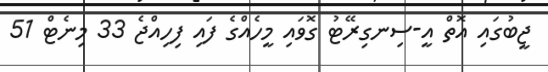
ޖީބުގައި އޮތް އީ-ސިނގިރޭޓު ގޮވައި މީހެއްގެ ފައި ފިހިއްޖެ 33 މިނެޓް 51